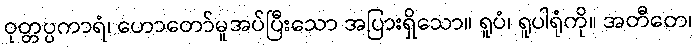
ဝုတ္တပ္ပကာရံ၊ ဟောတော်မူအပ်ပြီးသော အပြားရှိသော။ ရူပံ၊ ရူပါရုံကို။ အတီတေ၊